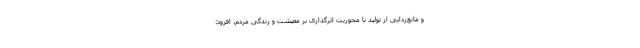
و مانع‌زدایی از تولید با محوریت اثرگذاری بر معیشت و زندگی مردم، افزود: